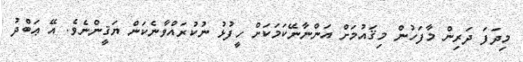
މިދަފަ ދަރިން މާފަހުން މިޤައުމަށް އަންނާނޭކަމަކަށް ހީފުޅު ނުކުރައްވާނެކަން ޔަޤީންނެވެ. އޭ ޢަބްދު